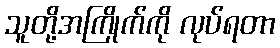
သူတို့အကြိုက်ကို လုပ်ရတာ